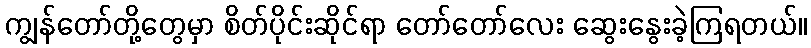
ကျွန်တော်တို့တွေမှာ စိတ်ပိုင်းဆိုင်ရာ တော်တော်လေး ဆွေးနွေးခဲ့ကြရတယ်။